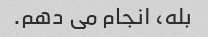
بله، انجام می دهم.